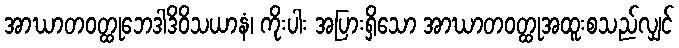
အာဃာတဝတ္ထုဘေဒါဒိဝိသယာနံ၊ ကိုးပါး အပြားရှိသော အာဃာတဝတ္ထုအထူးစသည်လျှင်